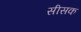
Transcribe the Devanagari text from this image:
सीसक